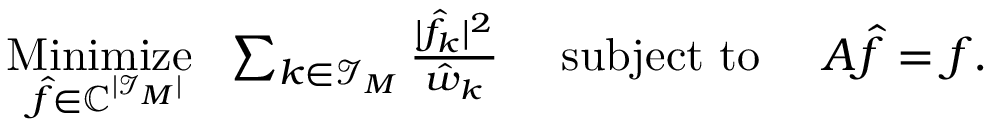
\begin{array} { r } { \underset { \b { \hat { f } } \in \mathbb C ^ { | \mathcal I _ { \b { M } } | } } { \mathrm { M i n i m i z e ~ } } \, \, \sum _ { \boldsymbol k \in \mathcal I _ { \b { M } } } \frac { | \hat { f } _ { \boldsymbol k } | ^ { 2 } } { \hat { w } _ { \boldsymbol k } } \quad \mathrm { ~ s u b j e c t ~ t o ~ } \quad \boldsymbol A \boldsymbol { \hat { f } } = \boldsymbol f . } \end{array}